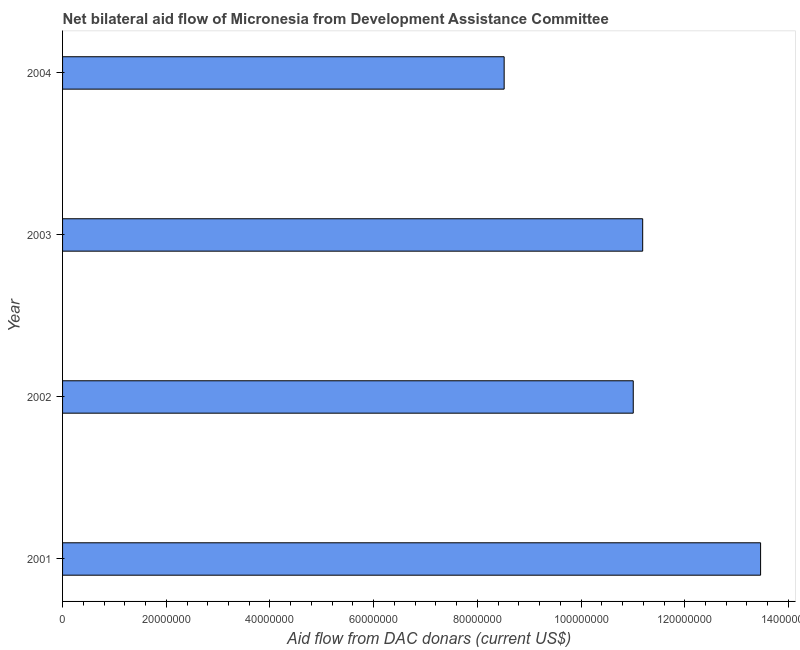
| Year | Net bilateral aid flows from DAC donors |
 | --- | --- |
 | 2001 | 1.35e+08 |
 | 2002 | 1.1e+08 |
 | 2003 | 1.12e+08 |
 | 2004 | 8.52e+07 |